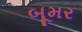
બૂમર